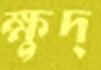
ক্ষুদ্